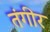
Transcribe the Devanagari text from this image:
तंगीर